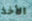
الأخذ